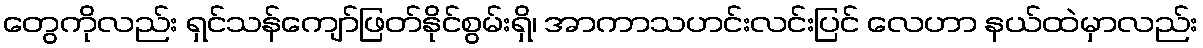
တွေကိုလည်း ရှင်သန်ကျော်ဖြတ်နိုင်စွမ်းရှိ၊ အာကာသဟင်းလင်းပြင် လေဟာ နယ်ထဲမှာလည်း